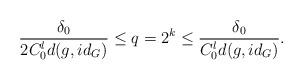
LaTeX: \begin{align*} \frac{\delta_0}{2C_0^l d(g,id_G)} \le q=2^k\le \frac{\delta_0}{C_0^l d(g,id_G)} .\end{align*}